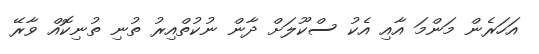
އަހަރެން މަންމަ އާއި އެކު ސްކޫލަށް ދާން ނުކުތްއިރު ތުނި ތުނިކޮއް ވާރޭ